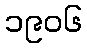
၁၉၀၆